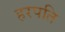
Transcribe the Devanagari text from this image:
हरपति